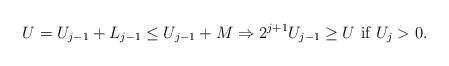
LaTeX: \begin{align*}U=U_{j-1}+L_{j-1}\leq U_{j-1}+M\Rightarrow 2^{j+1}U_{j-1}\geq U\mbox{ if $U_j>0$.}\end{align*}